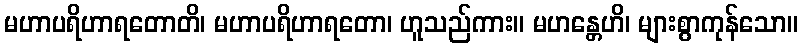
မဟာပရိဟာရတောတိ၊ မဟာပရိဟာရတော၊ ဟူသည်ကား။ မဟန္တေဟိ၊ များစွာကုန်သော။